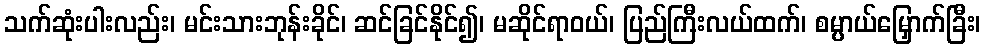
သက်ဆုံးပါးလည်း၊ မင်းသားဘုန်းခိုင်၊ ဆင်ခြင်နိုင်၍၊ မဆိုင်ရာဝယ်၊ ပြည်ကြီးလယ်ထက်၊ စမ္ပာယ်မြှောက်ခြီး၊